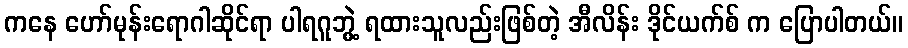
ကနေ ဟော်မုန်းရောဂါဆိုင်ရာ ပါရဂူဘွဲ့ ရထားသူလည်းဖြစ်တဲ့ အီလိန်း ဒိုင်ယက်စ် က ပြောပါတယ်။